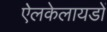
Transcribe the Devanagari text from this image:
ऐलकेलायडों